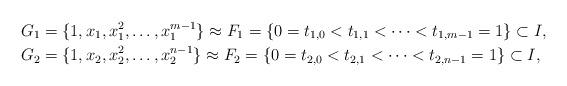
LaTeX: \begin{align*}&G_1=\{1,x_1,x_1^2,\dots,x_1^{m-1} \} \approx F_1=\{0=t_{1,0}<t_{1,1}<\dots <t_{1,m-1} =1\} \subset I, \\&G_2=\{1,x_2,x_2^2,\dots,x_2^{n-1}\} \approx F_2=\{0=t_{2,0}<t_{2,1}<\dots <t_{2,n-1} =1\} \subset I,\end{align*}